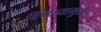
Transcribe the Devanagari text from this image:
विणल्यामुळे